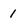
Character: 1